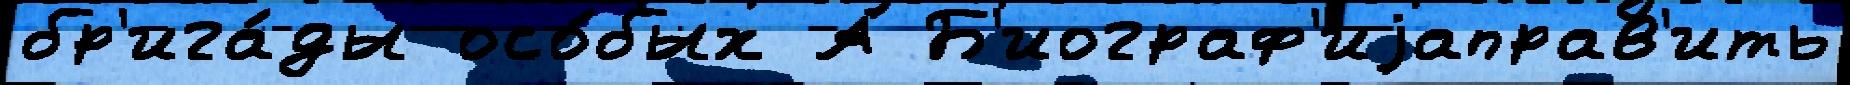
бр'ига́ды осо́бых А Б'иограф'иjаправ'ить